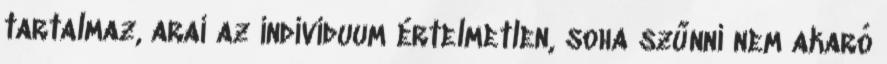
tartalmaz, arai az individuum értelmetlen, soha szűnni nem akaró